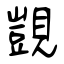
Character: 覬